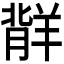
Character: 𬙷